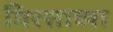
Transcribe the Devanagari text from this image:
मिस्साच्या